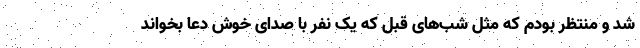
شد و منتظر بودم که مثل شب‌های قبل که یک نفر با صدای خوش دعا بخواند